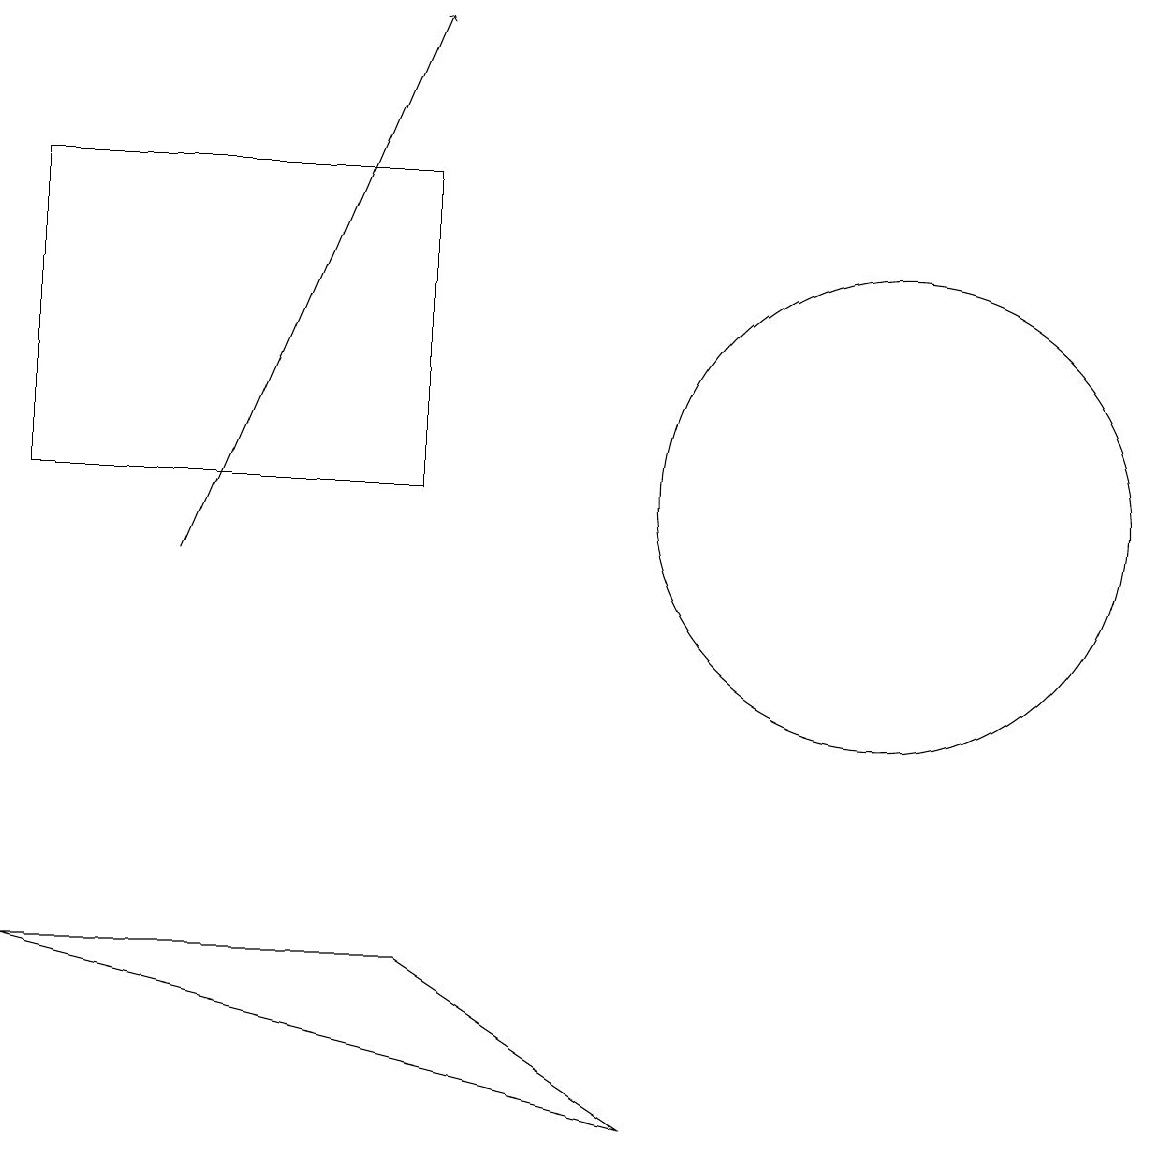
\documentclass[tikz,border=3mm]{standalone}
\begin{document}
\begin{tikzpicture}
\draw (1,11) rectangle (6,15);
\draw (12,11) circle (3);
\draw[->] (3,10) -- (6,17);
\draw (6,5) -- (1,5) -- (9,3) -- cycle;
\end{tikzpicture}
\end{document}